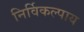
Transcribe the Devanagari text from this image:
निर्विकल्पाय